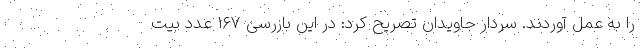
را به عمل آوردند. سردار جاویدان تصریح کرد: در این بازرسی ۱۶۷ عدد بیت